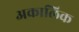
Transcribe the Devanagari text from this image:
अकालिक